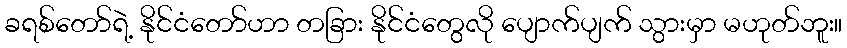
ခရစ်တော်ရဲ့ နိုင်ငံတော်ဟာ တခြား နိုင်ငံတွေလို ပျောက်ပျက် သွားမှာ မဟုတ်ဘူး။